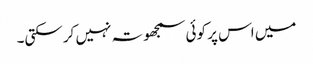
میں اس پر کوئی سمجھوتہ نہیں کرسکتی۔